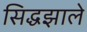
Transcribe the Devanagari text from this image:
सिद्धझाले